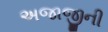
અજાજીની